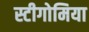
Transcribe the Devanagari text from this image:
स्टीगोमिया